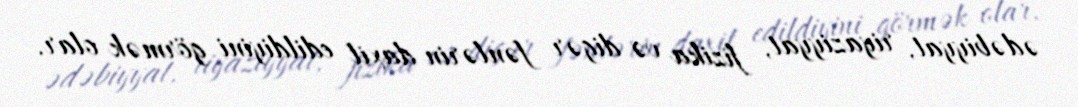
ədəbiyyat, riyaziyyat, fizika və digər fənlərin daxil edildiyini görmək olar.